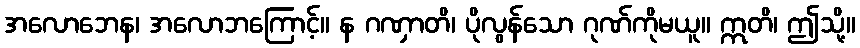
အလောဘေန၊ အလောဘကြောင့်။ န ဂဏှာတိ၊ ပိုလွန်သော ဂုဏ်ကိုမယူ။ ဣတိ၊ ဤသို့။